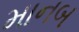
માનબ